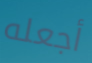
أجعله